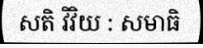
សតិ វិវិយ : សមាធិ